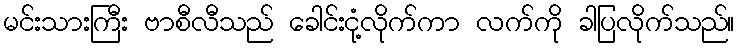
မင်းသားကြီး ဗာစီလီသည် ခေါင်းငုံ့လိုက်ကာ လက်ကို ခါပြလိုက်သည်။